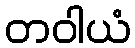
တဝါယံ